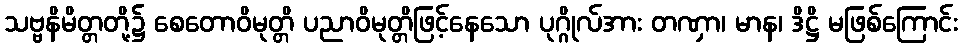
သဗ္ဗနိမိတ္တတို့၌ စေတောဝိမုတ္တိ ပညာဝိမုတ္တိဖြင့်နေသော ပုဂ္ဂိုလ်အား တဏှာ၊ မာန၊ ဒိဋ္ဌိ မဖြစ်ကြောင်း